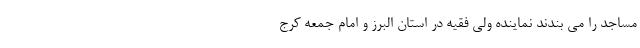
مساجد را می بندند نماینده ولی فقیه در استان البرز و امام جمعه کرج